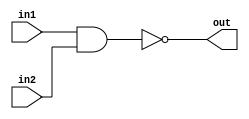
module NAND(in1, in2, out);

input in1, in2;
output out;

assign out = ~(in1 & in2);

endmodule 

// --------------------------------

module AND(in1, in2, out);

input in1, in2;
output out;
wire w1;

NAND NAND1(in1, in2, w1);
NAND NAND2(w1, w1, out);

endmodule

// ------------

module Testbench;

reg a, b;
wire out1, out2;

initial begin

a = 0; b = 0;
#1 a = 1;
#1 b = 1;
#1 a = 0;

end 

initial begin

$monitor("Time=%0d a=%b b=%b out1=%b out2=%b", $time, a, b, out1, out2);
end 

AND and_gate(a, b, out1);
NAND nand_gate(a, b, out2);

endmodule